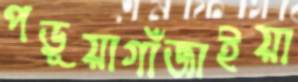
পড়ূয়াগাঁজাইয়া